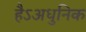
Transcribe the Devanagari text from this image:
हैऽअधुनिक